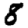
Digit: 8